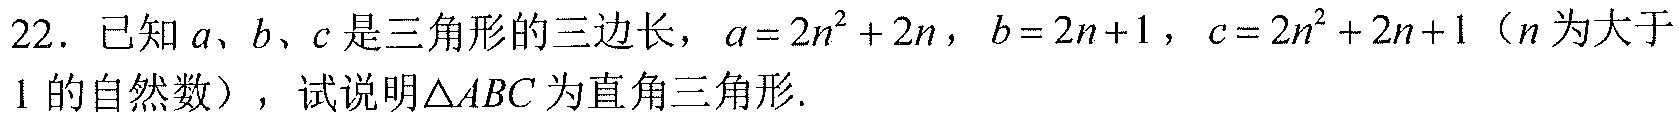
22. 已知$a、b、c$是三角形的三边长，$a = 2n^{2}+2n$，$b = 2n + 1$，$c = 2n^{2}+2n + 1$（$n$为大于$1$的自然数），试说明$\triangle ABC$为直角三角形.